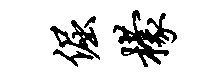
倔檬